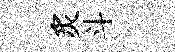
炙斗